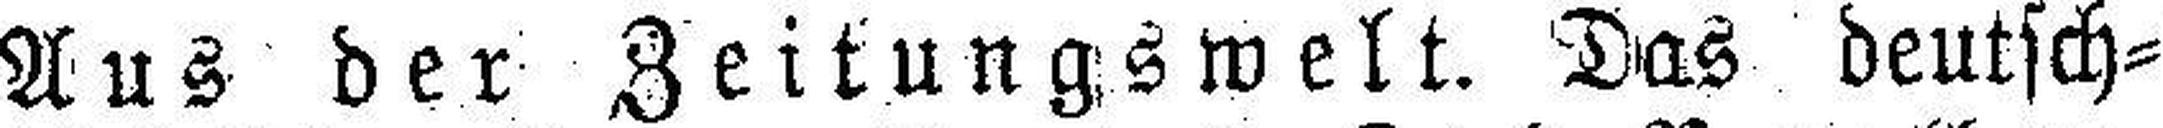
Aus der Zeitungswelt. Das deutsch¬